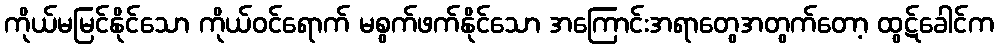
ကိုယ်မမြင်နိုင်သော ကိုယ်ဝင်ရောက် မစွက်ဖက်နိုင်သော အကြောင်းအရာတွေအတွက်တော့ ထွဋ်ခေါင်က